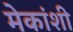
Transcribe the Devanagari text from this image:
मेकांशी